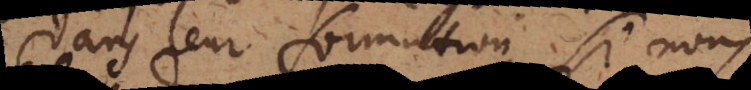
dans leur formation, si nous